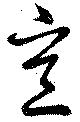
意